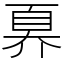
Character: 奡